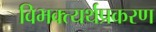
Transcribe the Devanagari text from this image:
विभक्त्यर्थप्रकरण